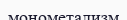
монометализм